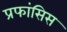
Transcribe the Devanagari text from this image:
प्रफांसिस